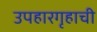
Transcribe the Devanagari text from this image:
उपहारगृहाची